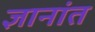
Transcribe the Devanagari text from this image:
ज्ञानांत